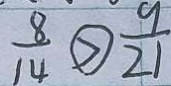
\frac { 8 } { 1 4 } \textcircled { > } \frac { 9 } { 2 1 }